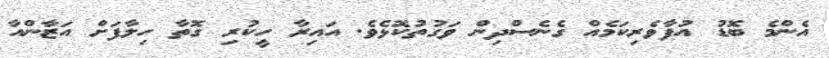
އެންމެ ބޮޑު އުފާވެރިކަމެއް ގެނެސްދިން ވަގުތުކޮޅެވެ. އައިރާ ހީކުރި ގޮތާ ހިލާފަށް އަޒާންއާ